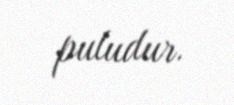
puludur.